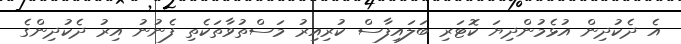
އެ ދެކުދިން އުޅެމުންދިޔަ ކޮޓަރި ބަލައިފާސް ކުރިއިރު މަސްތުވާތަކެތި ފެނުނު އިރު ދެކުދިންގެ